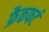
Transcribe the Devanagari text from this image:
फ्रैकफर्ट